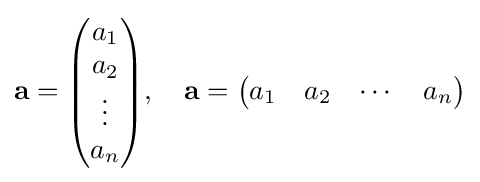
\mathbf {a} ={\begin{pmatrix}a_{1}\\a_{2}\\\vdots \\a_{n}\end{pmatrix}},\quad \mathbf {a} ={\begin{pmatrix}a_{1}&a_{2}&\cdots &a_{n}\end{pmatrix}}